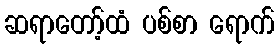
ဆရာတော့်ထံ ပစ်စာ ရောက်